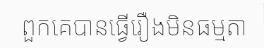
ពួកគេបានធ្វើរឿងមិនធម្មតា